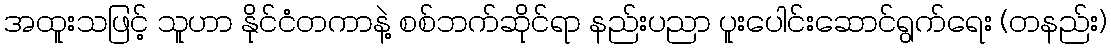
အထူးသဖြင့် သူဟာ နိုင်ငံတကာနဲ့ စစ်ဘက်ဆိုင်ရာ နည်းပညာ ပူးပေါင်းဆောင်ရွက်ရေး (တနည်း)